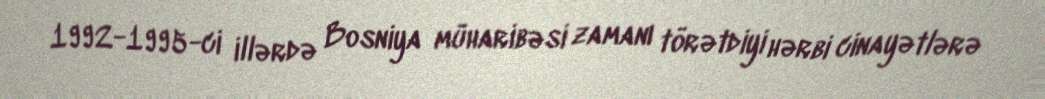
1992-1995-ci illərdə Bosniya müharibəsi zamanı törətdiyi hərbi cinayətlərə